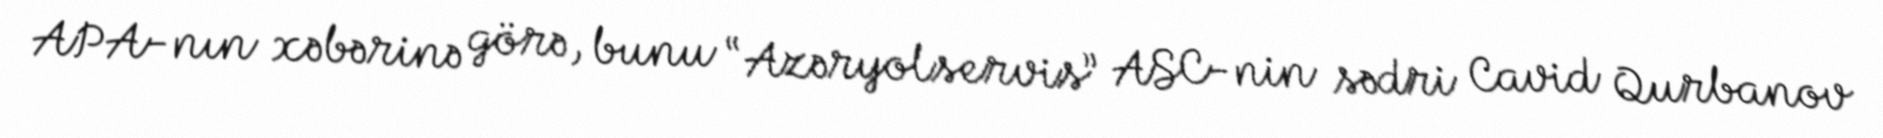
APA-nın xəbərinə görə, bunu “Azəryolservis” ASC-nin sədri Cavid Qurbanov